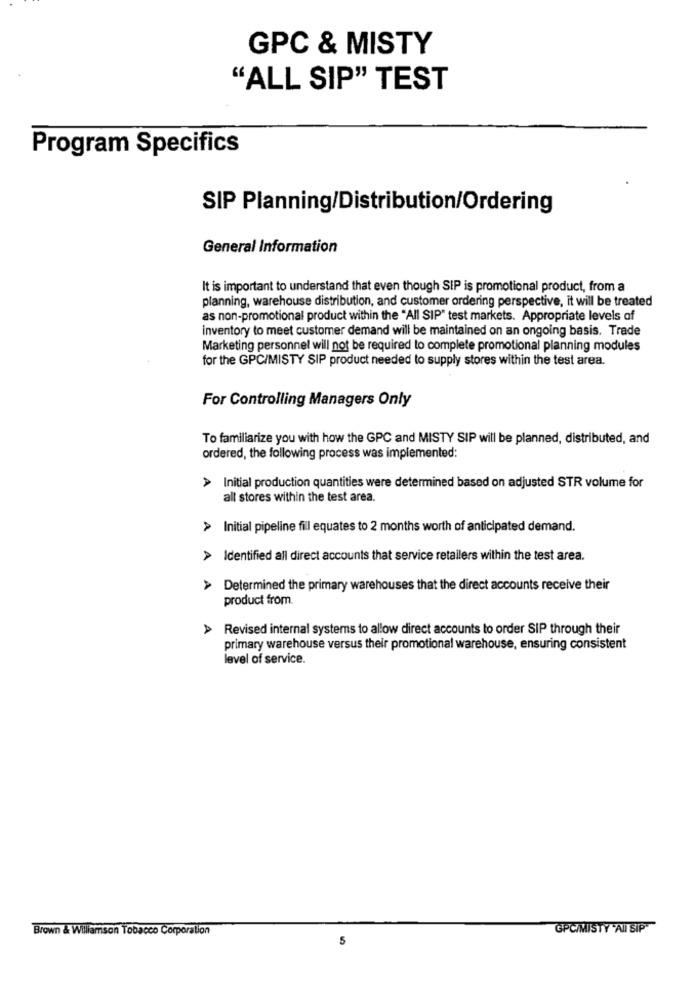
GPC & MISTY
"ALL SIP" TEST
Program Specifics
SIP Planning/Distribution/Ordering
General Information
It is important to understand that even though SIP is promotional product, from a
planning, warehouse distribution, and customer ordering perspective, it will be treated
as non-promotional product within the "All SIP" test markets. Appropriate levels of
inventory to meet customer demand will be maintained on an ongoing basis. Trade
Marketing personnel will not be required to complete promotional planning modules
for the GPC/MISTY SIP product needed to supply stores within the test area.
For Controlling Managers Only
To familiarize you with how the GPC and MISTY SIP will be planned, distributed, and
ordered, the following process was implemented:
Initial production quantities were determined based on adjusted STR volume for
all stores within the test area.
> Initial pipeline fill equates to 2 months worth of anticipated demand.
> Identified all direct accounts that service retailers within the test area.
Determined the primary warehouses that the direct accounts receive their
product from.
>> Revised internal systems to allow direct accounts to order SIP through their
primary warehouse versus their promotional warehouse, ensuring consistent
level of service.
Brown & Wiliamson Tobacco Corporation
GPC/MISTY 'AI SIP
5